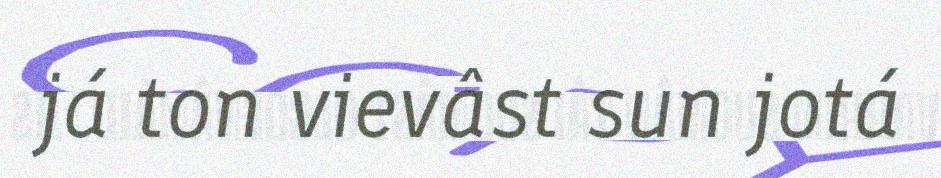
já ton vievâst sun jotá